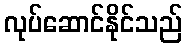
လုပ်ဆောင်နိုင်သည်